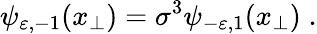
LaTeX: \psi_{\varepsilon,-1}(x_{\perp})=\sigma^{3}\psi_{-\varepsilon,1}(x_{\perp})\; .